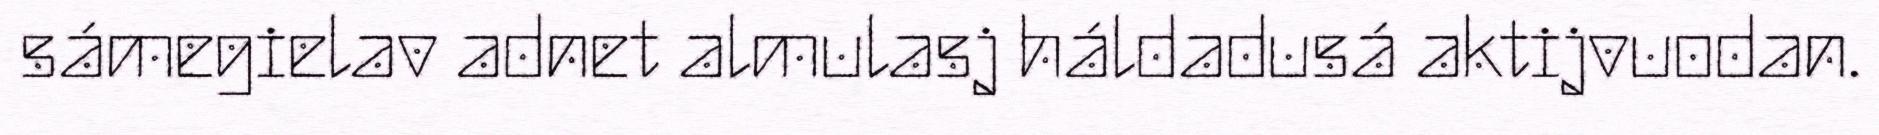
sámegielav adnet almulasj háldadusá aktijvuodan.